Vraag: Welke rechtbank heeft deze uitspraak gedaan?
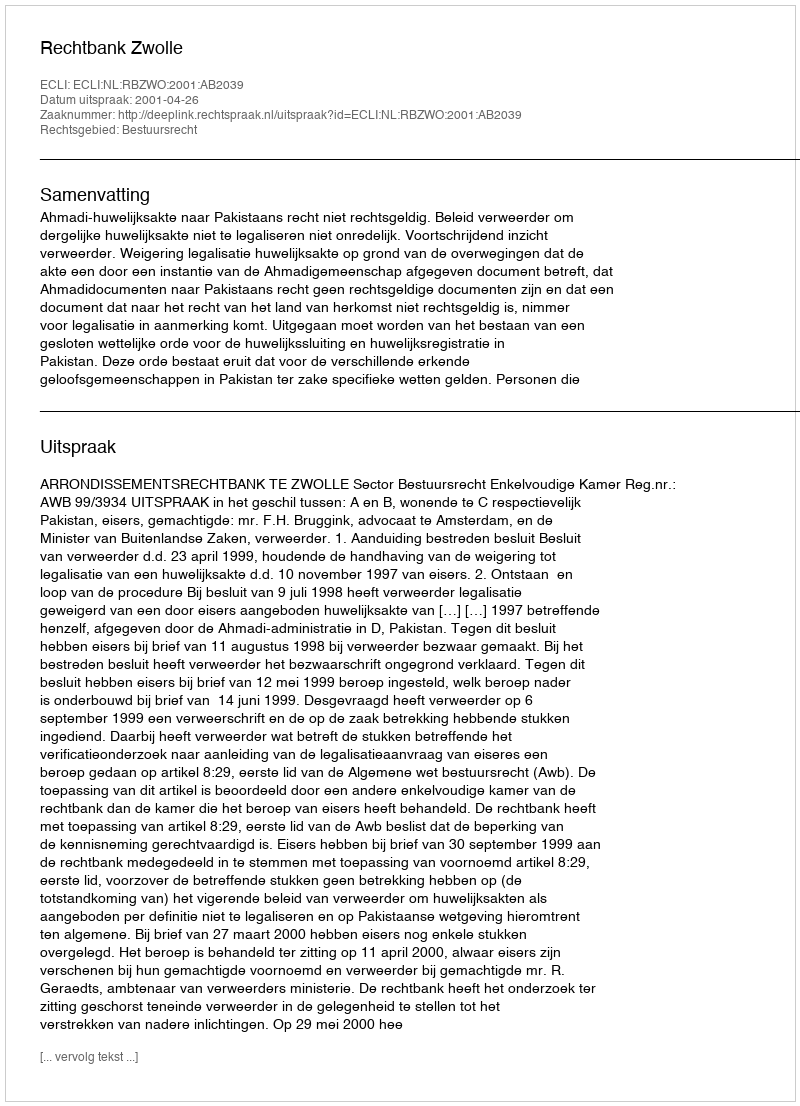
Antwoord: Rechtbank Zwolle